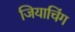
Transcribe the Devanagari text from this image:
जियाचिंग